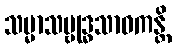
သမ္မာသမ္ဗုဒ္ဓသာဝကန္တိ